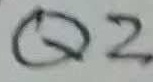
Text: Q2